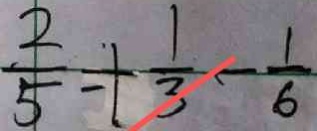
\frac { 2 } { 5 } + \frac { 1 } { 3 } - \frac { 1 } { 6 }